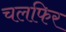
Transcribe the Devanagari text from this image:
चलफिर